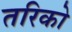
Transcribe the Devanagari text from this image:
तरिको